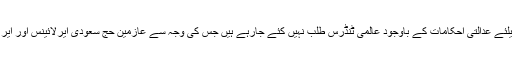
عازمین حج کی روانگی و واپسی کیلئے عدالتی احکامات کے باوجود عالمی ٹنڈرس طلب نہیں کئے جارہے ہیں جس کی وجہ سے عازمین حج سعودی ایرلائینس اور ایر انڈیا کے رحم و کرم پر ہوتے ہیں۔